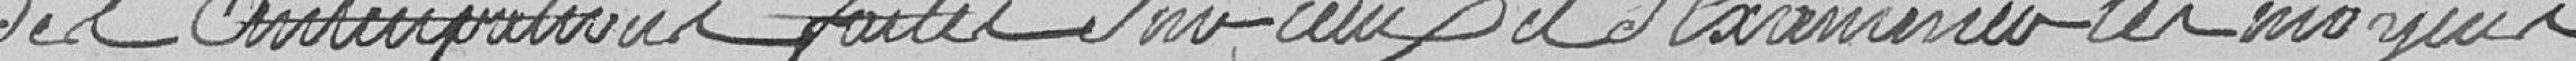
des anticipations faites sur eux et d'examiner les moyens